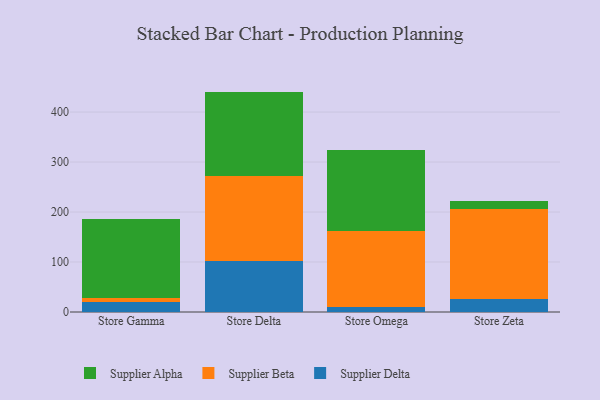
{"axis": {"x": "Store", "y": "Gross Profit (USD K)"}, "legend": ["Supplier Alpha", "Supplier Beta", "Supplier Delta"], "data": [{"x": "Store Gamma", "y": 19.7, "type": "Supplier Delta"}, {"x": "Store Gamma", "y": 9.0, "type": "Supplier Beta"}, {"x": "Store Gamma", "y": 157.1, "type": "Supplier Alpha"}, {"x": "Store Delta", "y": 102.9, "type": "Supplier Delta"}, {"x": "Store Delta", "y": 170.1, "type": "Supplier Beta"}, {"x": "Store Delta", "y": 167.9, "type": "Supplier Alpha"}, {"x": "Store Omega", "y": 10.9, "type": "Supplier Delta"}, {"x": "Store Omega", "y": 151.3, "type": "Supplier Beta"}, {"x": "Store Omega", "y": 162.8, "type": "Supplier Alpha"}, {"x": "Store Zeta", "y": 26.6, "type": "Supplier Delta"}, {"x": "Store Zeta", "y": 179.6, "type": "Supplier Beta"}, {"x": "Store Zeta", "y": 16.0, "type": "Supplier Alpha"}]}